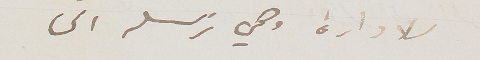
الادارة وهي ترسله الى